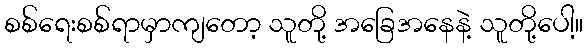
စစ်ရေးစစ်ရာမှာကျတော့ သူတို့ အခြေအနေနဲ့ သူတို့ပေါ့။